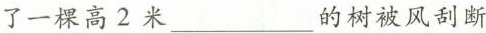
了一棵高2米___的树被风刮断